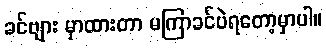
ခင်ဗျား မှာထားတာ မကြာခင်ပဲရတော့မှာပါ။